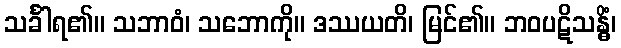
သင်္ခါရ၏။ သဘာဝံ၊ သဘောကို။ ဒဿယတိ၊ မြင်၏။ ဘဝပဋိသန္ဓိံ၊